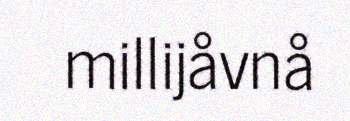
millijåvnå